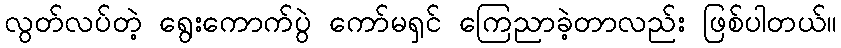
လွတ်လပ်တဲ့ ရွေးကောက်ပွဲ ကော်မရှင် ကြေညာခဲ့တာလည်း ဖြစ်ပါတယ်။